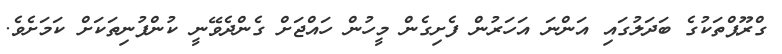
ގްރޫޕްތަކުގެ ބަދަލުގައި އަންނަ އަހަރުން ފެށިގެން މީހުން ހައްޖަށް ގެންދެވޭނީ ކުންފުނިތަކަށް ކަމަށެވެ.